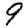
Digit: 9